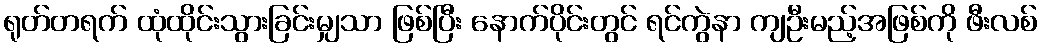
ရုတ်တရက် ထုံထိုင်းသွားခြင်းမျှသာ ဖြစ်ပြီး နောက်ပိုင်းတွင် ရင်ကွဲနာ ကျဦးမည့်အဖြစ်ကို ဖီးလစ်